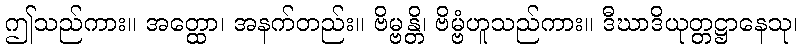
ဤသည်ကား။ အတ္ထော၊ အနက်တည်း။ ဗိမ္ဗန္တိ၊ ဗိမ္ဗံဟူသည်ကား။ ဒီဃာဒိယုတ္တဋ္ဌာနေသု၊